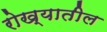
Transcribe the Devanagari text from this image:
रोख्यातील